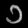
Digit: ၁